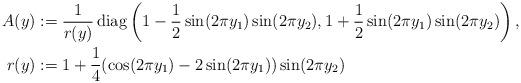
LaTeX: \begin{align*}A(y)&:=\frac{1}{r(y)}\, \mathrm{diag}\left(1-\frac{1}{2}\sin(2\pi y_1)\sin(2\pi y_2),1+\frac{1}{2}\sin(2\pi y_1)\sin(2\pi y_2)\right),\\r(y)&:= 1+\frac{1}{4}(\cos(2\pi y_1)-2\sin(2\pi y_1))\sin(2\pi y_2)\end{align*}